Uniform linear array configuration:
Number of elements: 4
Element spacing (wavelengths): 0.75
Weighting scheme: hamming
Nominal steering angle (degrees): -30
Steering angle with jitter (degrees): -30.064
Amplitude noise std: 0.05
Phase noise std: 0.05

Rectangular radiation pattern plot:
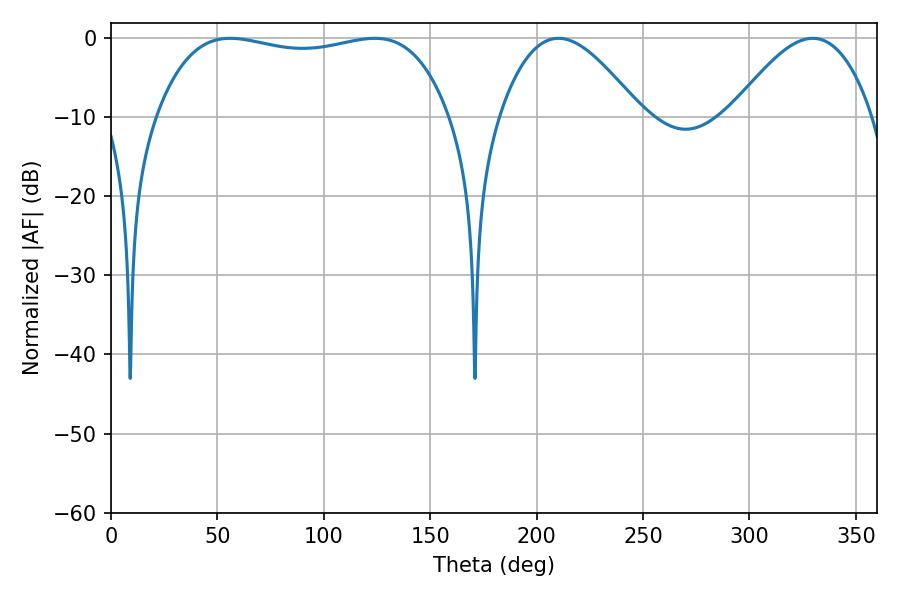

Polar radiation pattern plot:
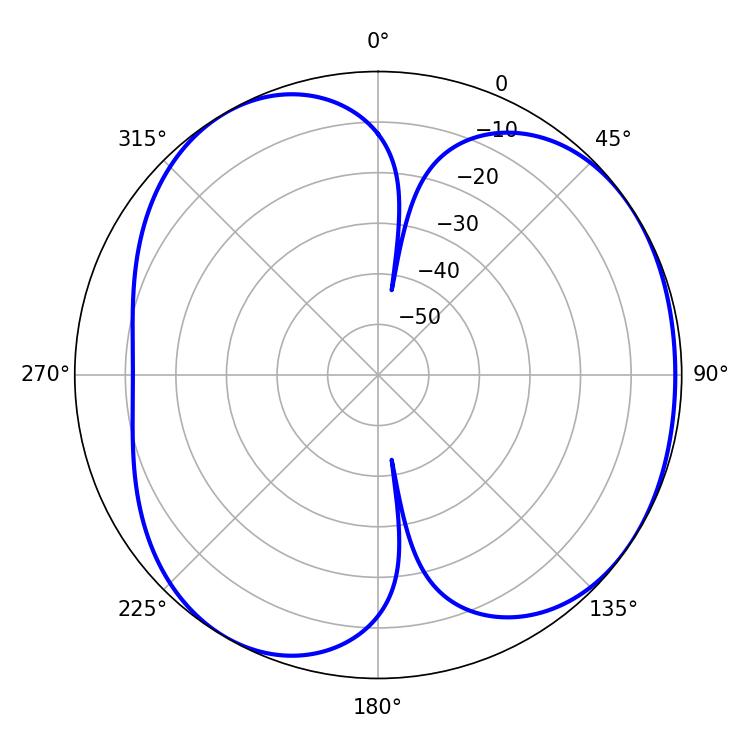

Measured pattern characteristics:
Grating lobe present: TRUE
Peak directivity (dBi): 4.559
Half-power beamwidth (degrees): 35.64
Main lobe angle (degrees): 210.24